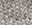
تريدك